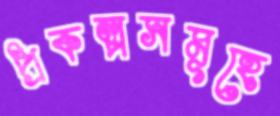
প্রকল্পসমূহে